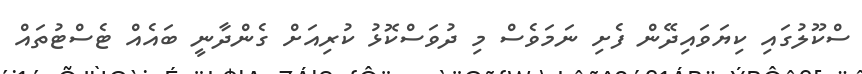
ސްކޫލުގައި ކިޔަވައިދޭން ފެށި ނަމަވެސް މި ދުވަސްކޮޅު ކުރިއަށް ގެންދާނީ ބައެއް ޓެސްޓުތައް